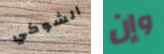
الشوكي وإن